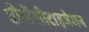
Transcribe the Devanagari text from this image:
डीसेंसीटाइजेशन